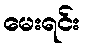
မေးရင်း